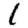
Digit: 1